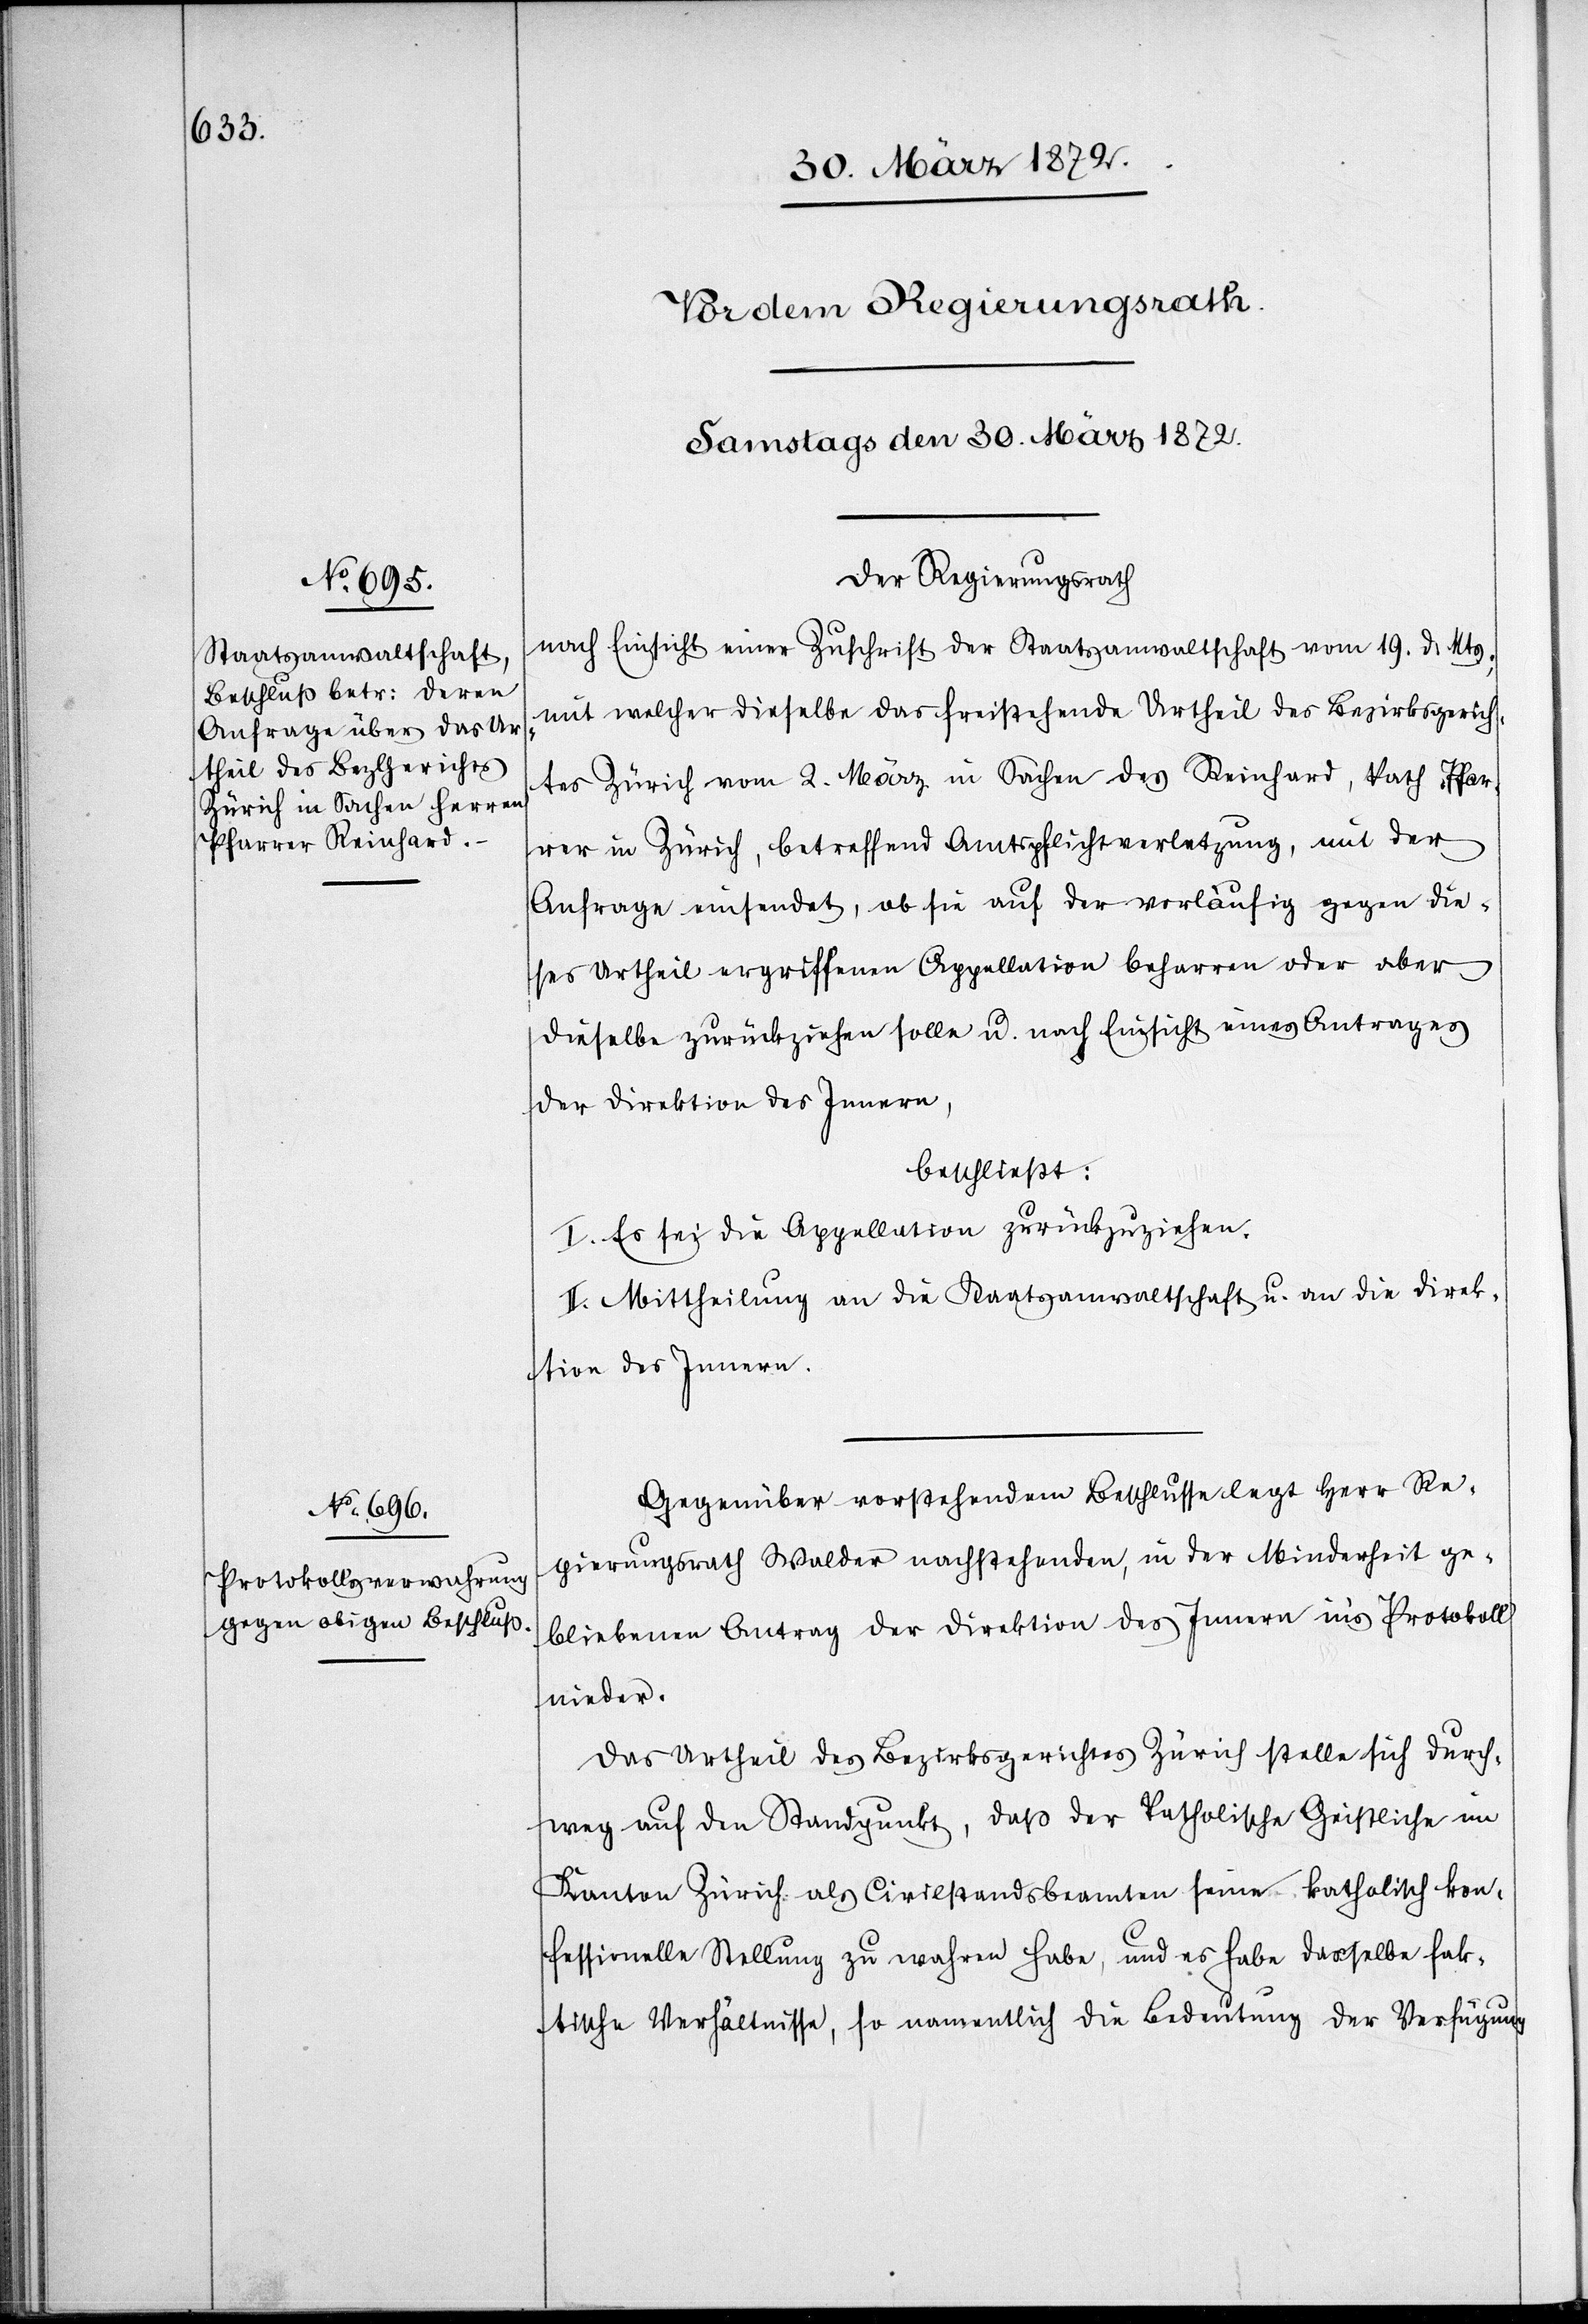
Der Regierungsrath
nach Einsicht einer Zuschrift der Staatsanwaltschaft vom 19. d. Mts.,
mit welcher dieselbe das freistehende Urtheil des Bezirksgerich¬
tes Zürich vom 2. März in Sachen des Reinhard, kath. Pfar¬
rer in Zürich, betreffend Amtspflichtverletzung, mit der
Anfrage einsendet, ob sie auf der vorläufig gegen die¬
ses Urtheil ergriffenen Appellation beharren oder aber
dieselbe zurückziehen solle u. nach Einsicht eines Antrages
der Direktion des Innern,
beschließt:
I. Es sei die Appellation zurückzuziehen.
II. Mittheilung an die Staatsanwaltschaft u. an die Direk¬
tion des Innern.
Gegenüber vorstehendem Beschlusse legt Herr Re¬
gierungsrath Walder nachstehenden, in der Minderheit ge¬
bliebenen Antrag der Direktion des Innern in’s Protokoll
nieder.
Das Urtheil des Bezirksgerichtes Zürich stelle sich durch¬
weg auf den Standpunkt, daß der katholische Geistliche im
Kanton Zürich als Civilstandsbeamten seine katholisch [-] kon¬
fessionelle Stellung zu wahren habe, und es habe dasselbe fak¬
tische Verhältnisse, so namentlich die Bedeutung der Verfügung